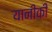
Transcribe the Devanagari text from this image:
यानीकी